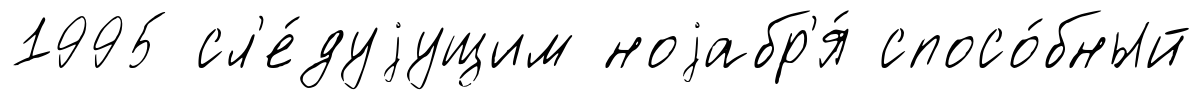
1995 сл'е́дуjущим ноjабр'я́ спосо́бный